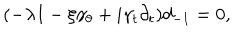
LaTeX: ( - \lambda I - \xi \gamma _ { \theta } + i \gamma _ { t } \partial _ { t } ) d _ { - 1 } = 0 ,